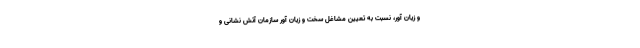
و زیان آور، نسبت به تعیین مشاغل سخت و زیان آور سازمان آتش نشانی و